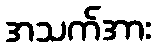
အသက်အား